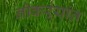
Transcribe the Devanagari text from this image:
नोकऱ्यांत